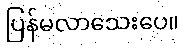
ပြန်မလာသေးပေ။